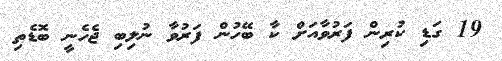
19 ގަޑި ކުރިން ފަރުވާއަށް ކާ ބޭހުން ފަރުވާ ނުލިބި ޖެހެނީ ބޮޑެތި